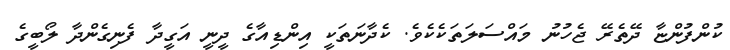
ކުންފުންޏާ ދޭތެރޭ ޖެހުނު މައްސަލަތަކެކެވެ. ކެދާނަތަކީ އިންޑިއާގެ ދީނީ އަގީދާ ފެނިގެންދާ ލޯބީގެ